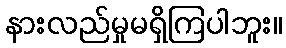
နားလည်မှုမရှိကြပါဘူး။